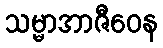
သမ္မာအာဇီဝေန